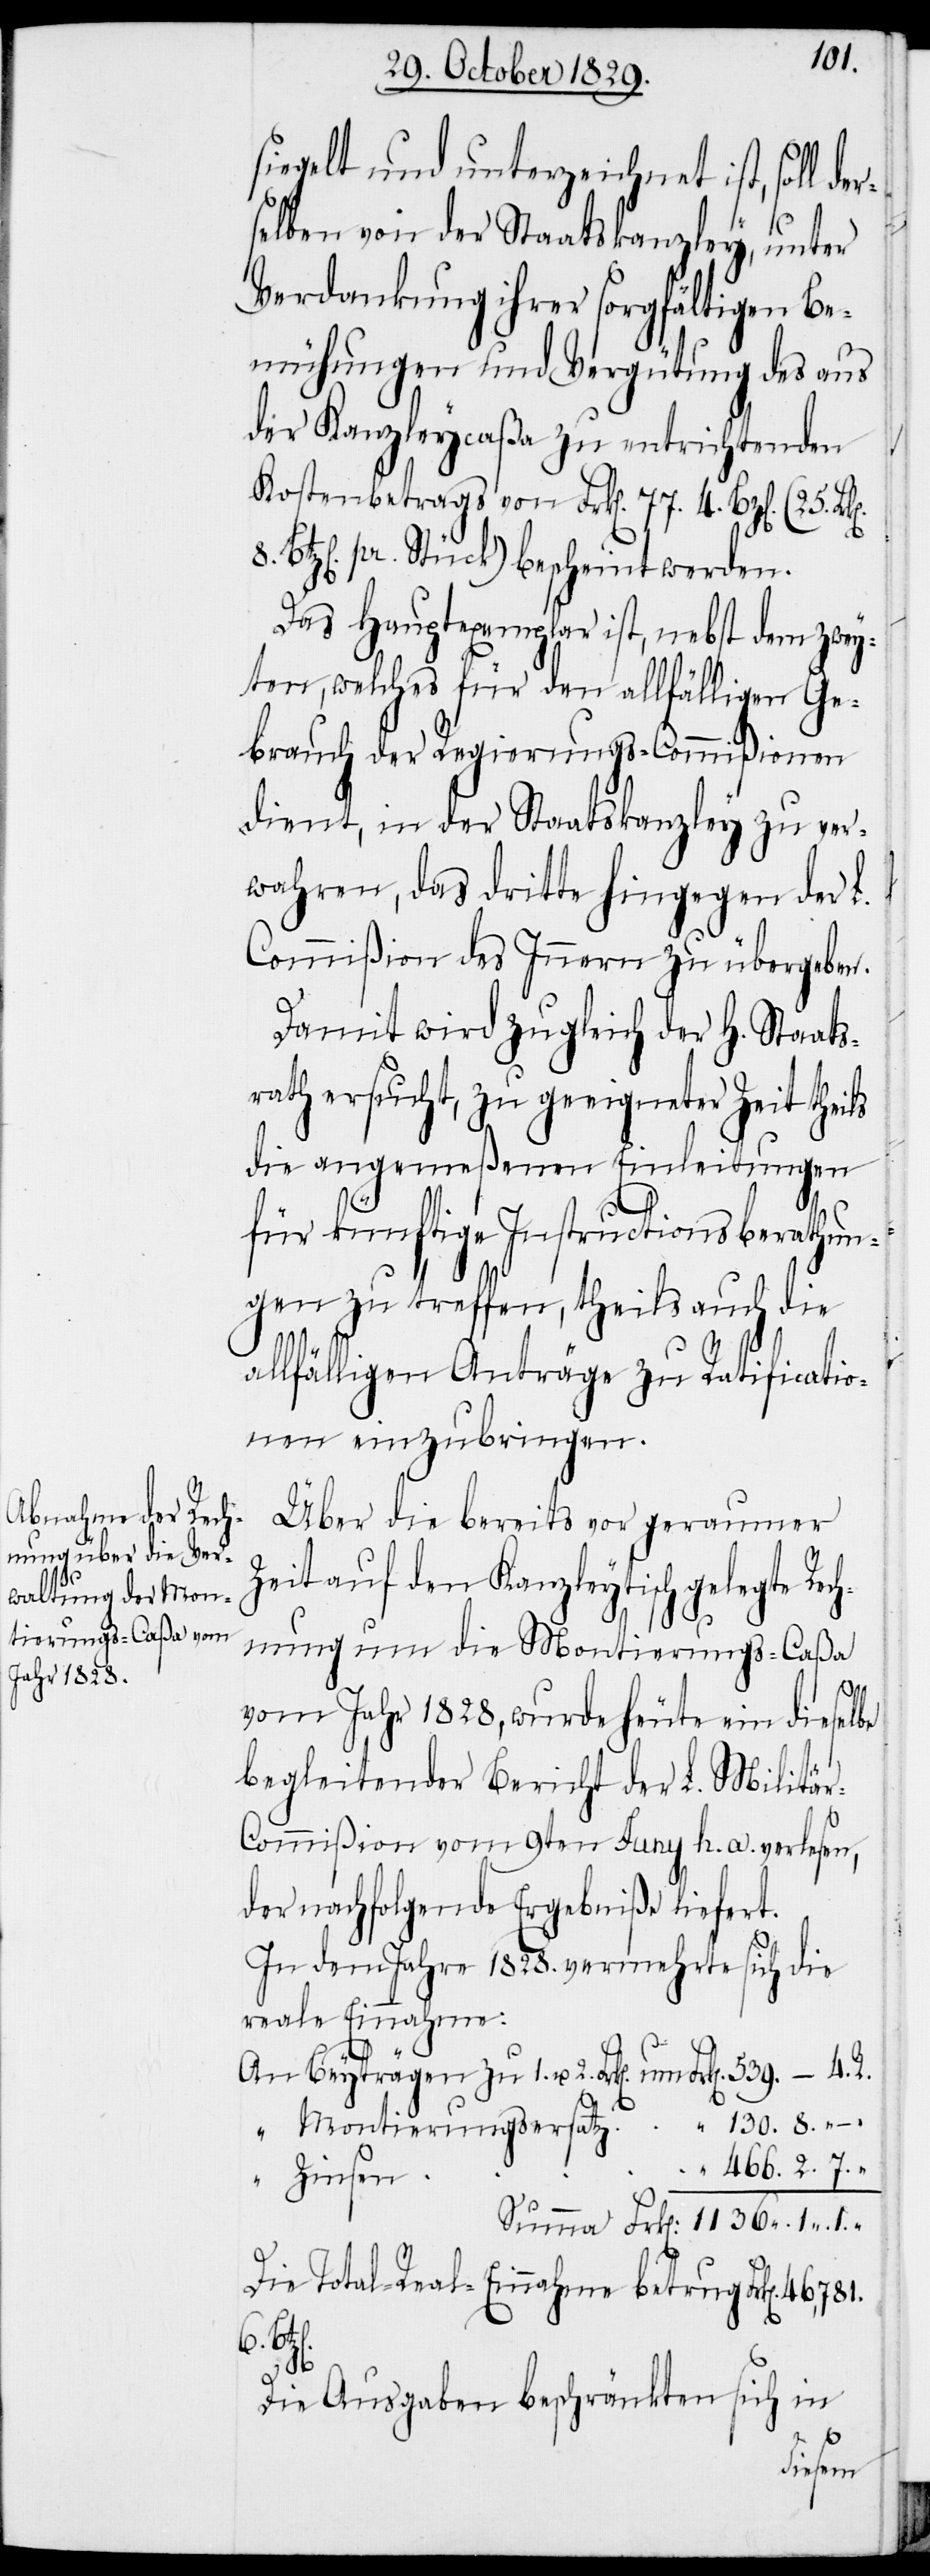
siegelt und unterzeichnet ist, soll de¬
selben von der Staatskanzley, unter
Verdankung ihrer sorgfältigen Be¬
mühungen und Vergütung des aus
der Kanzleycaßa zu entrichtenden
Kostenbetrags von Frk[en]. 77. 4. Bz[en].
z[en]. pr. Stück) bescheint werden.
Das Hauptexemplar ist, nebst dem zwey¬
ten, welches für den allfälligen Ge¬
brauch der Regierungs-Commißionen
dient, in der Staatskanzley zu ver¬
wahren, das dritte hingegen der L.
Commißion des Innern zu übergeben.
Damit wird zugleich der H. Staats¬
rath ersucht, zu geeigneter Zeit theils
die angemeßenen Einleitungen
für künftige Instructionsberathun¬
gen zu treffen, theils auch die
allfälligen Anträge zu Ratificatio¬
nen einzubringen.
Über die bereits vor geraumer
Zeit auf den Kanzleytisch gelegte Rec¬
hnung um die Montierungs-Caßa
1.
vom Jahr 1828, wurde heute ein dieselbe
begleitender Bericht der L. Militä¬
r-Commißion vom 9ten Juny h. a. verlesen,
der nachfolgende Ergebniße liefert.
in dem Jahre 1828. vermehrte sich die
reale Einnahme:
An Beyträgen zu 1. u. 2. Frk[en]. um
Montierungsersatz	 “		130. 8. –
“
Die Total-Real-Einnahme betrug Frk[en].
6.
Die Ausgaben beschränkten sich in